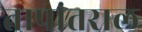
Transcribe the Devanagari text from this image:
तापांतराल